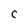
Character: C